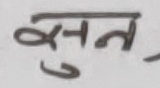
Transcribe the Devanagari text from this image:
सुन